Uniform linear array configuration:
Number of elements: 16
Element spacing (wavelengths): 0.75
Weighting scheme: kaiser
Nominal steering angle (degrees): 30
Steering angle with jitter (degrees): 31.513
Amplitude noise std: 0.05
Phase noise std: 0.05

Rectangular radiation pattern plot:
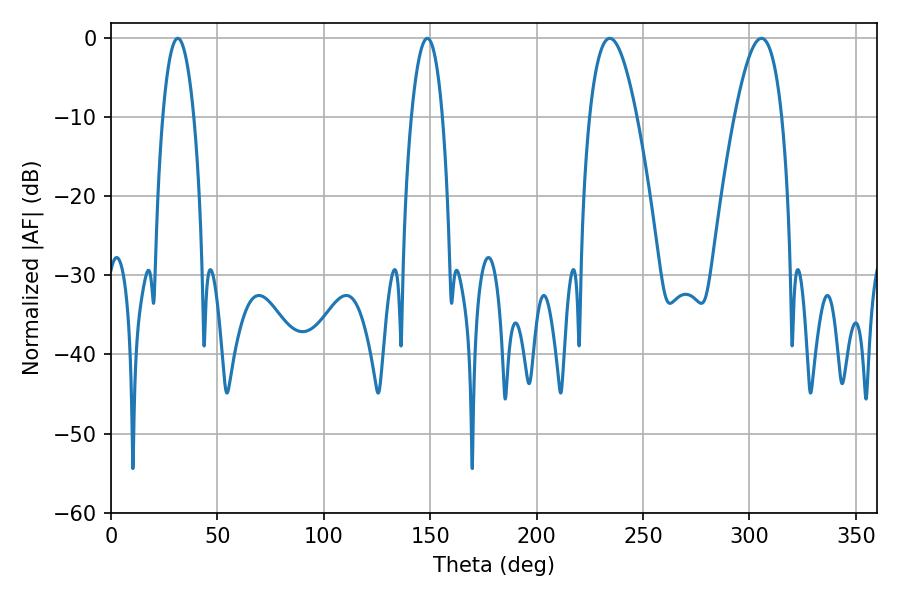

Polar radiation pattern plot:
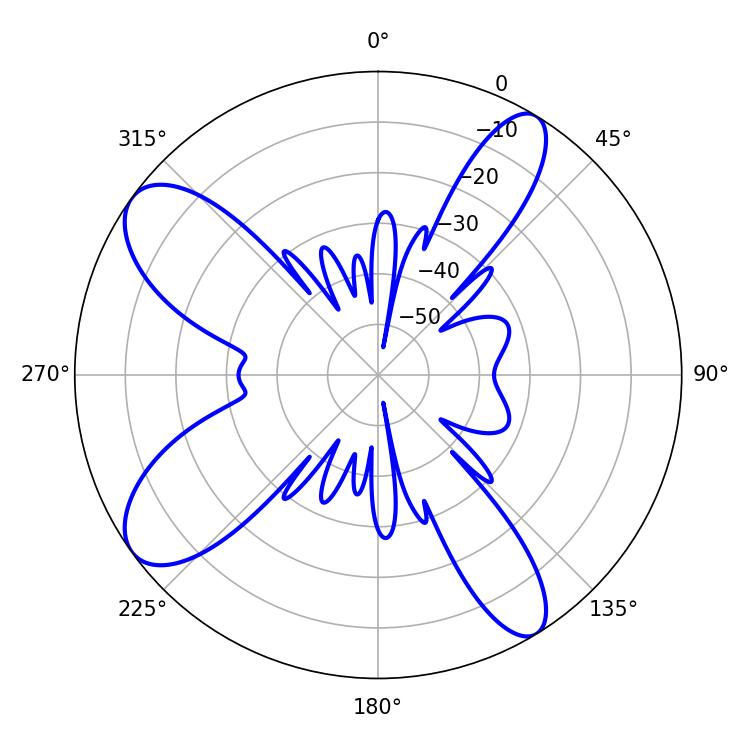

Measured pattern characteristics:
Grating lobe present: TRUE
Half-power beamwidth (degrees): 12.06
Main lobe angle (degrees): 234.36